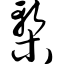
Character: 椠